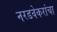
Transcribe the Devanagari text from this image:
नरडवेकरांचा